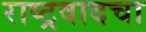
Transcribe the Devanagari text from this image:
राष्ट्रवादचा